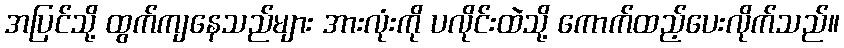
အပြင်သို့ ထွက်ကျနေသည်များ အားလုံးကို ပလိုင်းထဲသို့ ကောက်ထည့်ပေးလိုက်သည်။